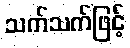
သက်သက်ဖြင့်